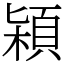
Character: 㯋